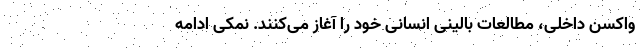
واکسن داخلی، مطالعات بالینی انسانی خود را آغاز می‌‌کنند. نمکی ادامه